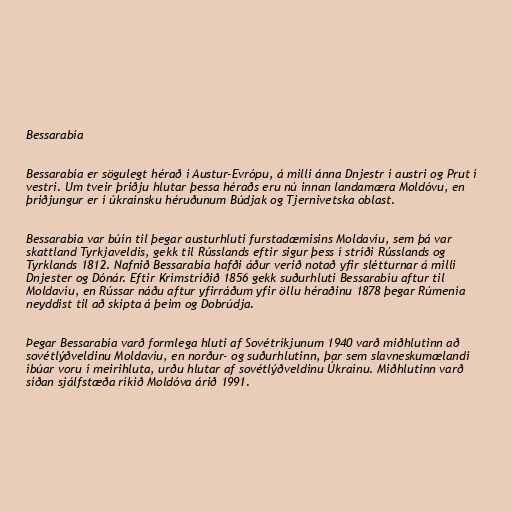
Bessarabía

Bessarabía er sögulegt hérað í Austur-Evrópu, á milli ánna Dnjestr í austri og Prut í
vestri. Um tveir þriðju hlutar þessa héraðs eru nú innan landamæra Moldóvu, en
þriðjungur er í úkraínsku héruðunum Búdjak og Tjernivetska oblast.

Bessarabía var búin til þegar austurhluti furstadæmisins Moldavíu, sem þá var
skattland Tyrkjaveldis, gekk til Rússlands eftir sigur þess í stríði Rússlands og
Tyrklands 1812. Nafnið Bessarabía hafði áður verið notað yfir slétturnar á milli
Dnjester og Dónár. Eftir Krímstríðið 1856 gekk suðurhluti Bessarabíu aftur til
Moldavíu, en Rússar náðu aftur yfirráðum yfir öllu héraðinu 1878 þegar Rúmenía
neyddist til að skipta á þeim og Dobrúdja.

Þegar Bessarabía varð formlega hluti af Sovétríkjunum 1940 varð miðhlutinn að
sovétlýðveldinu Moldavíu, en norður- og suðurhlutinn, þar sem slavneskumælandi
íbúar voru í meirihluta, urðu hlutar af sovétlýðveldinu Úkraínu. Miðhlutinn varð
síðan sjálfstæða ríkið Moldóva árið 1991.